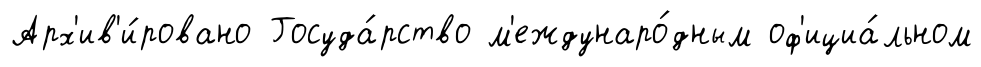
Арх'ив'и́ровано Госуда́рство м'еждунаро́дным оф'ициа́льном